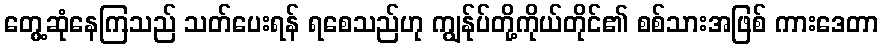
တွေ့ဆုံနေကြသည် သတ်ပေးရန် ရစေသည်ဟု ကျွန်ုပ်တို့ကိုယ်တိုင်၏ စစ်သားအဖြစ် ကားဒေတာ